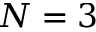
N = 3